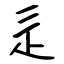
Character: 辵